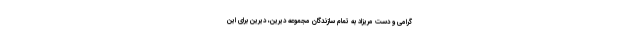
گرامی و دست مریزاد به تمام سازندگان مجموعه دیرین، دیرین برای این